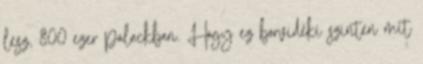
lesz, 800 ezer palackban. Hogy ez borvidéki szinten mit